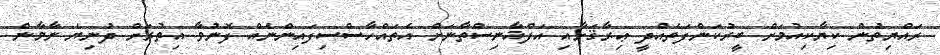
ރައްޔިތުން ކިޔާކިއުމަށް ބީރުކަންފަތެއްދީ ޢިރާޤަށާއި އަފްޣާނިސްތާނަށް އެތައްހާސްސިފައިންނެއް ފޮނުވާ އިތުރަށް ދުނިޔެ ނާމާން